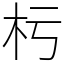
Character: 杇